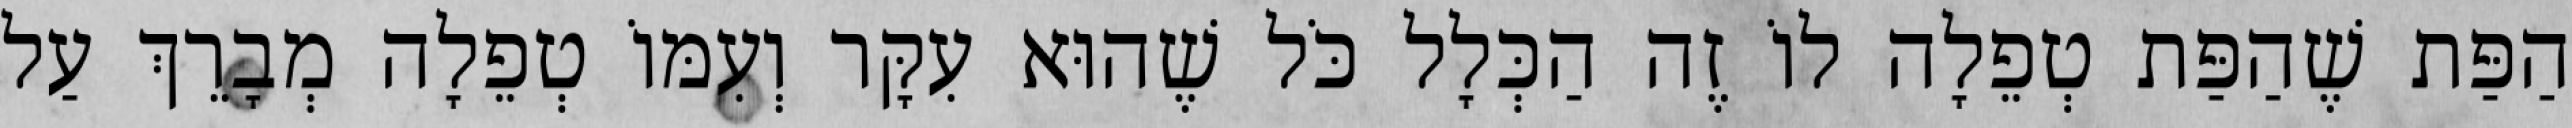
הַפַּת שֶׁהַפַּת טְפֵלָה לוֹ זֶה הַכְּלָל כֹּל שֶׁהוּא עִקָּר וְעִמּוֹ טְפֵלָה מְבָרֵךְ עַל